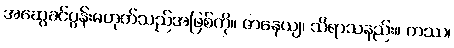
အဆွေခင်ပွန်းမဟုတ်သည်အဖြစ်ကို။ ဇာနေယျ၊ သိရာသနည်း။ တဿ၊